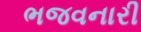
ભજવનારી